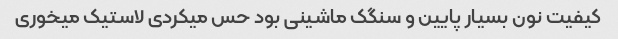
کیفیت نون بسیار پایین و سنگک ماشینی بود حس میکردی لاستیک میخوری